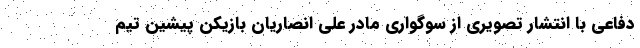
دفاعی با انتشار تصویری از سوگواری مادر علی انصاریان بازیکن پیشین تیم